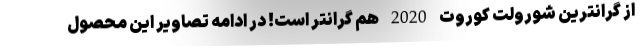
از گرانترین شورولت کوروت 2020 هم گرانتر است! در ادامه تصاویر این محصول